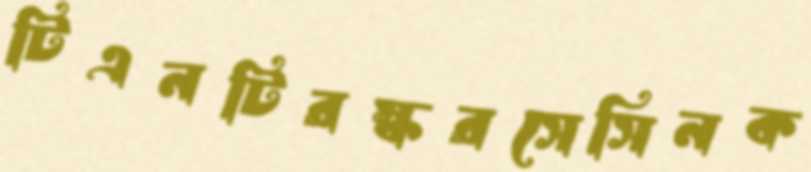
টিএনটিরস্করসেসিনক